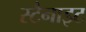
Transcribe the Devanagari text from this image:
स्टैनाइट